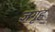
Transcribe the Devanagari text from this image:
जगृह